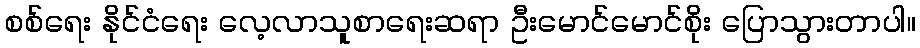
စစ်ရေး နိုင်ငံရေး လေ့လာသူစာရေးဆရာ ဦးမောင်မောင်စိုး ပြောသွားတာပါ။